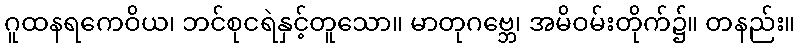
ဂူထနရကေဝိယ၊ ဘင်စုငရဲနှင့်တူသော။ မာတုဂဗ္ဘေ၊ အမိဝမ်းတိုက်၌။ တနည်း။